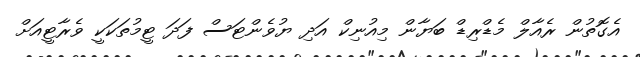
އެގޮތުން ރެއާލް މެޑްރިޑް ބަޔާން މިއުނިކް އަދި ޔުވެންޓަސް ފަދަ ޓީމުތަކަކީ ވެރާޓީއަށް